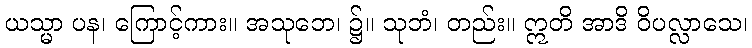
ယသ္မာ ပန၊ ကြောင့်ကား။ အသုဘေ၊ ၌။ သုဘံ၊ တည်း။ ဣတိ အာဒိ ဝိပလ္လာသေ၊